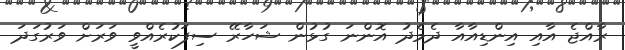
ރާއްޖެ އާއި އިންޑިއާއާ ދެމެދު އޮންނަ ގުޅުން ޝަހާރޭ ސިފަކުރެއްވީ ވަރަށް ވަރުގަދަ